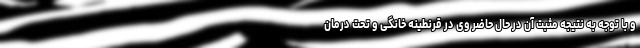
و با توجه به نتیجه مثبت آن در حال حاضر وی در قرنطینه خانگی و تحت درمان